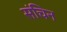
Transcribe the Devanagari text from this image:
संचिन